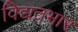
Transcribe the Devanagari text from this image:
विद्यतभार